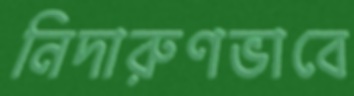
নিদারুণভাবে